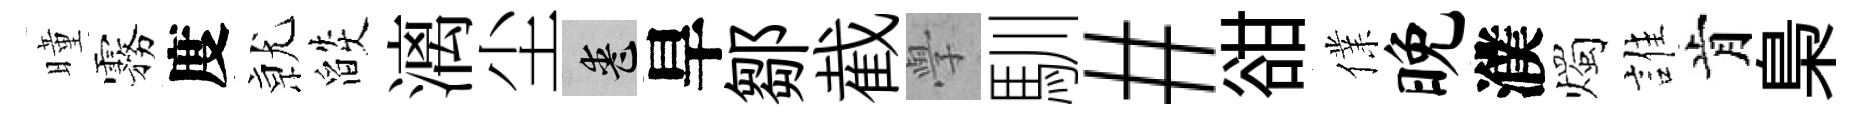
曈霧度𭕒燄漓尘喪旱鄒截𭓕馴#𧮳㒒晚濮燭誰肯梟